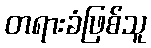
တရားခံဖြစ်သူ